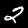
Label: 2